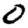
Digit: 0